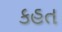
કહત